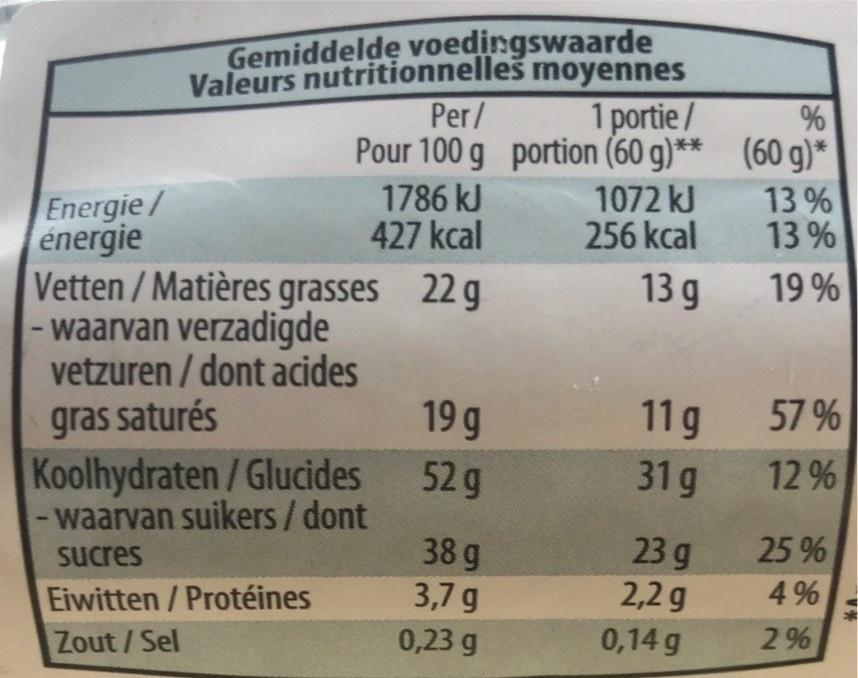
Gemiddelde voedingswaarde Valeurs nutritionnelles moyennes Per/
1 portie /
% Pour 100 g portion (60 g)** (60 g)* 13 % 13 %
1786 kJ 427 kcal
1072 kJ 256 kcal
Energie/ énergie Vetten / Matières grasses 22 g waarvan verzadigde vetzuren / dont acides
13 g
19 %
gras saturés Koolhydraten/Glucides - waarvan suikers/dont
19 g
11g
57 %
52 g
31g
12%
38 g 3,7 g
23 g 2,2 g
Sucres
25 %
Eiwitten/Protéines
4%
Zout/Sel
0,23 g
0,14 g
2 %